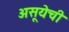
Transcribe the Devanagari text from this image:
असूयेची